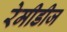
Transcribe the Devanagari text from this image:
रेमीडीज